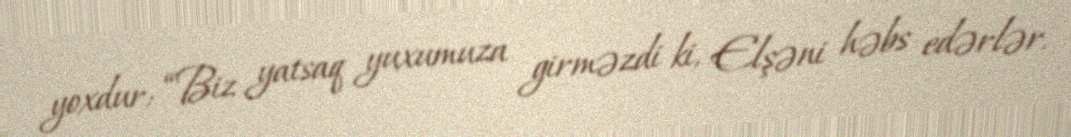
yoxdur: “Biz yatsaq yuxumuza girməzdi ki, Elşəni həbs edərlər.